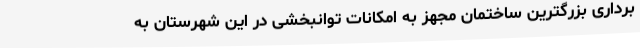
‌برداری بزرگترین ساختمان مجهز به امکانات توانبخشی در این شهرستان به